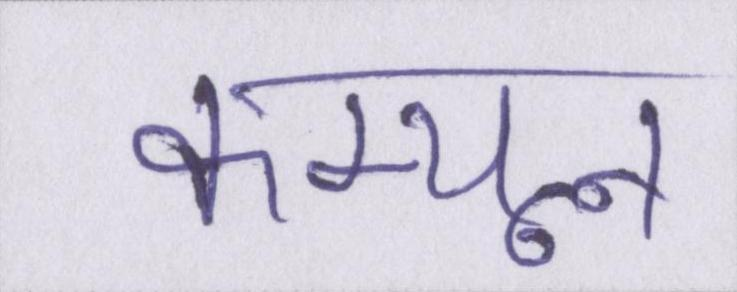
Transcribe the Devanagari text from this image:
कम्यून